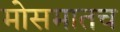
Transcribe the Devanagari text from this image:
मोसमातच